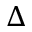
\Delta